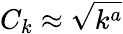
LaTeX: C_{k}\approx\sqrt{k^{a}}